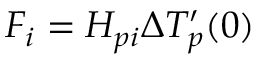
F _ { i } = H _ { p i } \Delta T _ { p } ^ { \prime } ( 0 )